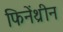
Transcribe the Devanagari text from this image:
फिनेंथ्रीन